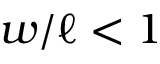
w / \ell < 1